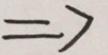
\Rightarrow